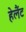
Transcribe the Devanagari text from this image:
हेलैंट